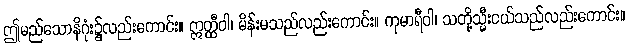
ဤမည်သောနိဂုံး၌လည်းကောင်း။ ဣတ္ထီဝါ၊ မိန်းမသည်လည်းကောင်း။ ကုမာရီဝါ၊ သတို့သ္မီးငယ်သည်လည်းကောင်း။